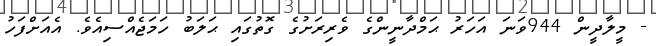
- މީލާދީން 944ވަނަ އަހަރު ޙަމްދާނީންގެ ވެރިރަށުގެ ގޮތުގައި ޙަލަބު ހަމަޖެއްސިއެވެ. އެއަށްފަހު